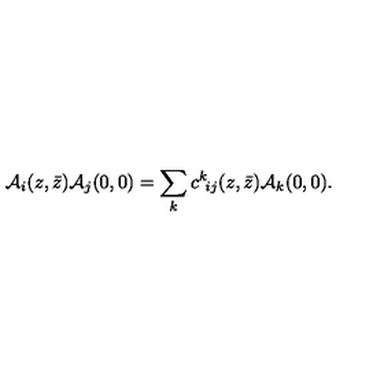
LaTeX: { \cal A } _ { i } ( z , \bar { z } ) { \cal A } _ { j } ( 0 , 0 ) = \sum _ { k } c ^ { k } \! _ { i j } ( z , \bar { z } ) { \cal A } _ { k } ( 0 , 0 ) .